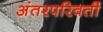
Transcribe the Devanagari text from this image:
अंतरपरिवर्ती